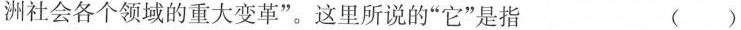
洲社会各个领域的重大变革”。这里所说的”它”是指 ( )。